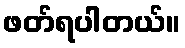
ဖတ်ရပါတယ်။